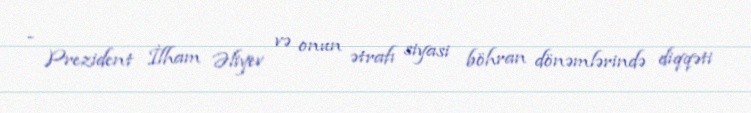
- Prezident İlham Əliyev və onun ətrafı siyasi böhran dönəmlərində diqqəti